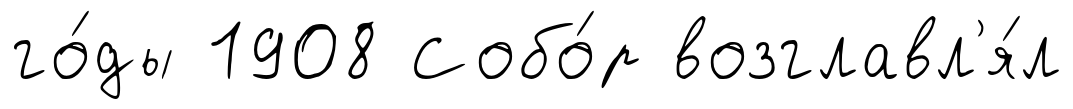
го́ды 1908 Собо́р возглавл'я́л